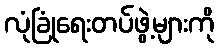
လုံခြုံရေးတပ်ဖွဲ့များကို